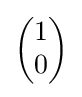
{\begin{pmatrix}1\\0\end{pmatrix}}